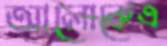
আলোকেএ